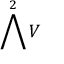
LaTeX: \bigwedge ^ { 2 } V